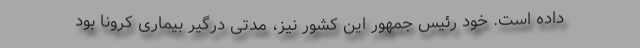
داده است. خود رئیس جمهور این کشور نیز، مدتی درگیر بیماری کرونا بود